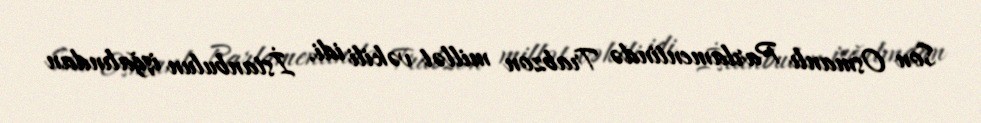
Son Osmanlı Parlamentində Trabzon millət vəkili idi. İstanbulun işğalından